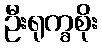
ဦးရုက္ခစိုး